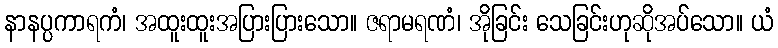
နာနပ္ပကာရကံ၊ အထူးထူးအပြားပြားသော။ ဇရာမရဏံ၊ အိုခြင်း သေခြင်းဟုဆိုအပ်သော။ ယံ